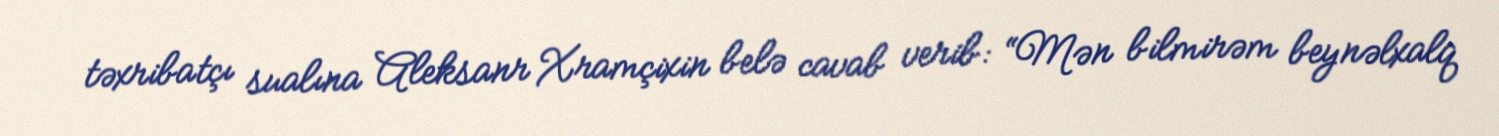
təxribatçı sualına Aleksanr Xramçixin belə cavab verib: “Mən bilmirəm beynəlxalq